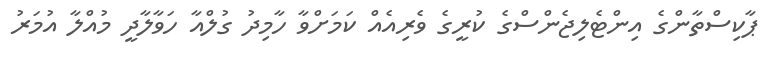
ޕާކިސްތާންގެ އިންޓެލިޖެންސްގެ ކުރީގެ ވެރިއެއް ކަމަށްވާ ހާމިދު ގުލްއާ ހަވާލާދީ މުއްލާ އުމަރު